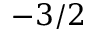
- 3 / 2